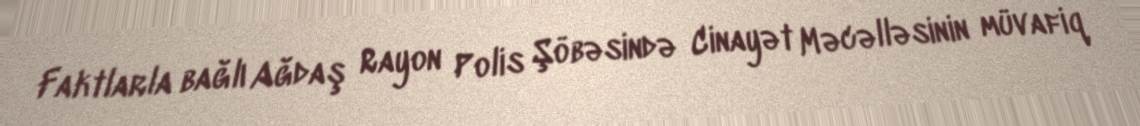
Faktlarla bağlı Ağdaş Rayon Polis Şöbəsində Cinayət Məcəlləsinin müvafiq